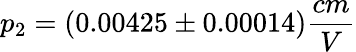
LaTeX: p_{2}=(0.00425\pm 0.00014)\frac{cm}{V}